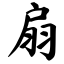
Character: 扇